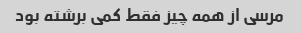
مرسی از همه چیز فقط کمی برشته بود